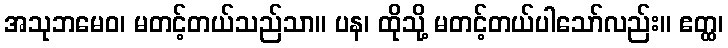
အသုဘမေဝ၊ မတင့်တယ်သည်သာ။ ပန၊ ထိုသို့ မတင့်တယ်ပါသော်လည်း။ ဧတ္ထ၊